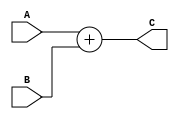
module adder( A, B, C );
input [31:0] A, B;
output [31:0] C;
assign C=A+B;
endmodule